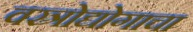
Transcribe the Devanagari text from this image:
वस्त्रोद्योगाचा